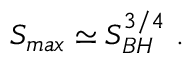
S _ { m a x } \simeq S _ { B H } ^ { 3 / 4 } \ .